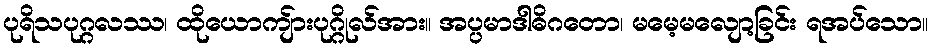
ပုရိသပုဂ္ဂလဿ၊ ထိုယောကျ်ားပုဂ္ဂိုလ်အား။ အပ္ပမာဒါဓိဂတော၊ မမေ့မလျော့ခြင်း ရအပ်သော။